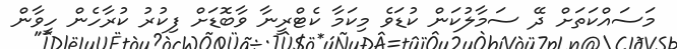
މަސައްކަތަށް ދޭ ސަމާލުކަން ކުޑަވެ މިކަމާ ކެޓްރީނާ ވާބޮޑަށް ފިކުރު ކުރާހެން ހީވާން